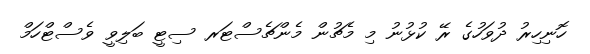
ހޮނިހިރު ދުވަހުގެ ރޭ ކުޅުނު މި މެޗުން މެންޗެސްޓަރ ސިޓީ ބަލިވީ ވެސްޓްހަމް